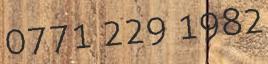
0771 229 1982